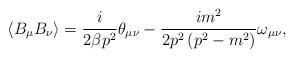
\begin{align*}\left\langle B_\mu B_\nu \right\rangle =\frac i{2\beta p^2}\theta _{\mu \nu}-\frac{im^2}{2p^2\left( p^2-m^2\right) }\omega _{\mu \nu },\end{align*}